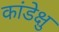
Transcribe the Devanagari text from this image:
कांडेक्षु